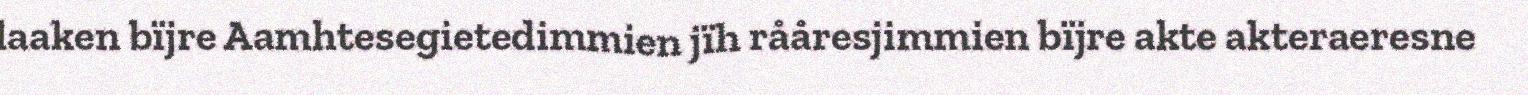
laaken bïjre Aamhtesegietedimmien jïh rååresjimmien bïjre akte akteraeresne